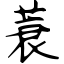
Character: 蓑